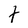
Character: t